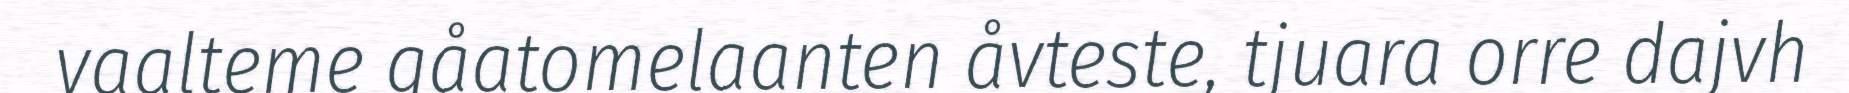
vaalteme gåatomelaanten åvteste, tjuara orre dajvh